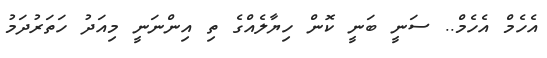
އެހެމް އެހެމް.. ސަނީ ބަނީ ކޮން ހިޔާލެއްގެ ތި އިންނަނީ މިއަދު ހަތަރުދަމު